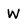
Character: W